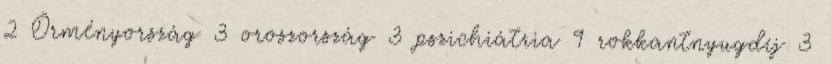
2 Örményország 3 oroszország 3 pszichiátria 9 rokkantnyugdíj 3